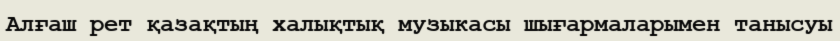
Алғаш рет қазақтың халықтық музыкасы шығармаларымен танысуы